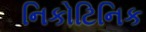
નિકોટિનિક